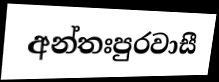
අන්තඃපුරවාසී